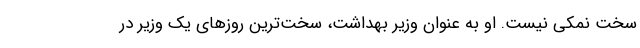
سخت نمکی نیست. او به عنوان وزیر بهداشت، سخت‌ترین روزهای یک وزیر در